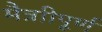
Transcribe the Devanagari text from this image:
मैत्राीपूर्ण